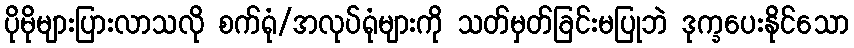
ပိုမိုများပြားလာသလို စက်ရုံ/အလုပ်ရုံများကို သတ်မှတ်ခြင်းမပြုဘဲ ဒုက္ခပေးနိုင်သော